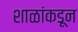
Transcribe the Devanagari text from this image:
शाळांकडून